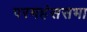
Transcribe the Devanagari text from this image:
परमहंससभा